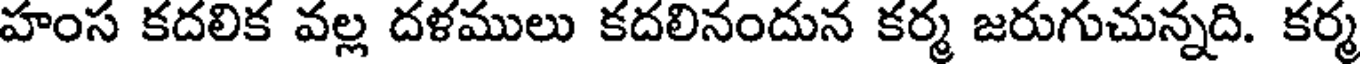
హంస కదలిక వల్ల దళములు కదలినందున కర్మ జరుగుచున్నది. కర్మ